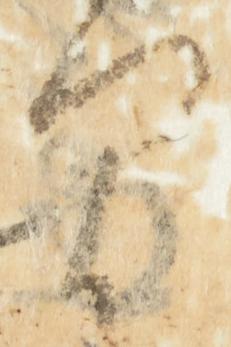
間